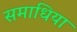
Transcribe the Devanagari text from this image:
समाधिया